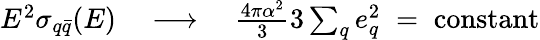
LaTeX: \begin{array}{r}{E^{2}\sigma_{q\bar{q}}(E)\quad\longrightarrow\quad\frac{4\pi\alpha^{2}}{3}3\sum_{q}e_{q}^{2}\; =\; \textrm{constant}}\end{array}